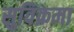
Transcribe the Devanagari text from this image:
सुविक्रमा